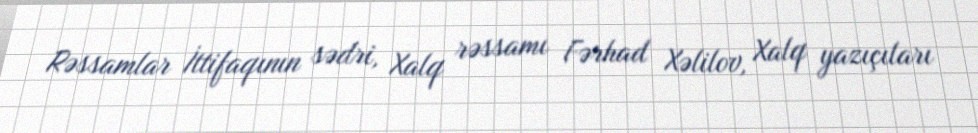
Rəssamlar İttifaqının sədri, Xalq rəssamı Fərhad Xəlilov, Xalq yazıçıları